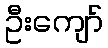
ဦးကျော်